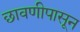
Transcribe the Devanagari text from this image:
छावणीपासून